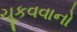
ચૂકવવાનો